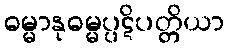
ဓမ္မာနုဓမ္မပ္ပဋိပတ္တိယာ